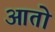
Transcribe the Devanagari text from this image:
आतो